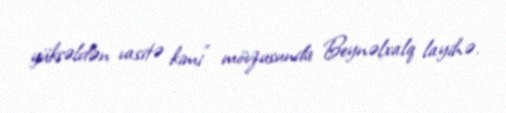
yüksəldən vasitə kimi" mövzusunda Beynəlxalq layihə.